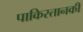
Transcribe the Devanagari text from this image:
पाकिस्तानकी